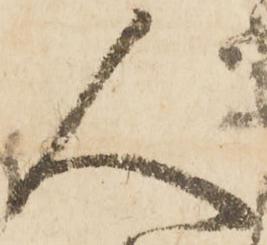
人